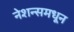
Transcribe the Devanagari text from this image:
नेशन्समधून